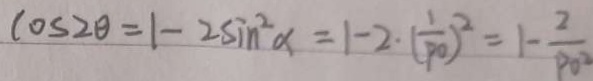
\cos 2 \theta = 1 - 2 \sin ^ { 2 } \alpha = 1 - 2 \cdot ( \frac { 1 } { p 0 } ) ^ { 2 } = 1 - \frac { 2 } { P 0 ^ { 2 } }